Annual administration report of the Civil Veterinary Department, Ajmere-Merwara, British Rajputana - 1914-1940
Year: 1914
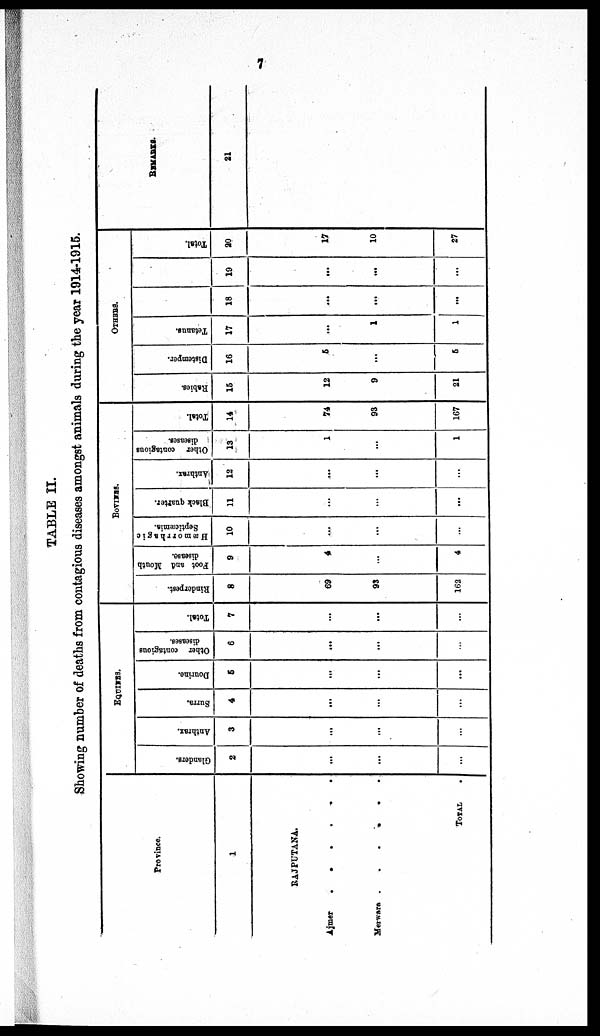
7
TABLE II.
Showing number of deaths from contagious diseases amongst animals during the year 1914-1915.
Province.
1
RAJPUTANA.
Ajmer . . . . . .
Merwara . . . . . .
TOTAL
.
EQUINES.
Glandera.
2
...
...
...
Anthrax.
3
...
...
...
Surra.
4
...
...
...
Dourine.
6
...
...
...
Other contagious
diseases.
6
...
...
...
Total.
7
...
...
...
BOVINES.
Rinderpest.
8
69
93
162
Foot and Mouth
disease.
9
4
...
4
Hæmorrhagic
Septicæmia.
10
...
...
...
Black quarter.
11
...
...
...
Anthrax.
12
...
...
...
Other contagious
diseases.
13
1
...
1
Total.
14
74
93
167
OTHERS.
Rabies.
15
12
9
21
Distemper.
16
5
...
5
Tetanus.
17
...
1
1
18
...
...
...
19
...
...
...
Total.
20
17
10
27
REMARKS.
21